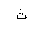
Letter: _tha